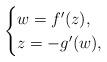
LaTeX: \begin{align*}\begin{cases}w = f'(z), \\z = -g'(w),\end{cases}\end{align*}